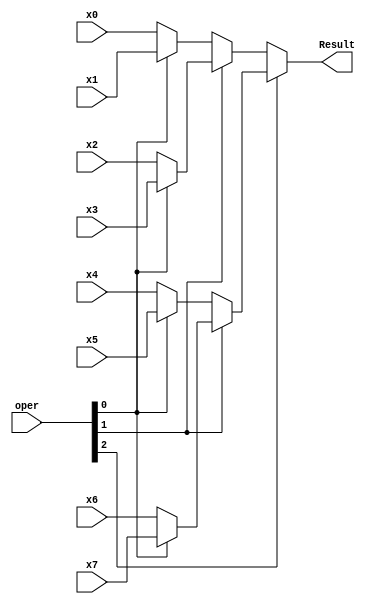
`timescale 1ns / 1ps
//////////////////////////////////////////////////////////////////////////////////
// Company: 
// Engineer: 
// 
// Design Name: 
// Module Name:    MUX8x1 
// Project Name: 
// Target Devices: 
// Tool versions: 
// Description: 
//
// Dependencies: 
//
// Revision: 
// Revision 0.01 - File Created
// Additional Comments: 
//
//////////////////////////////////////////////////////////////////////////////////
module MUX8x1(
output [31:0] Result,
input [2:0] oper,
input [31:0] x0,
input [31:0] x1,
input [31:0] x2,
input [31:0] x3,
input [31:0] x4,
input [31:0] x5,
input [31:0] x6,
input [31:0] x7
);

assign Result = oper[2]?(oper[1]?(oper[0]?x7:x6):(oper[0]?x5:x4)):(oper[1]?(oper[0]?x3:x2):(oper[0]?x1:x0));

endmodule
module MUX32x1(
output [31:0] Result,
input [4:0] oper,
input [31:0] x0,
input [31:0] x1,
input [31:0] x2,
input [31:0] x3,
input [31:0] x4,
input [31:0] x5,
input [31:0] x6,
input [31:0] x7,
input [31:0] x8,
input [31:0] x9,
input [31:0] x10,
input [31:0] x11,
input [31:0] x12,
input [31:0] x13,
input [31:0] x14,
input [31:0] x15,
input [31:0] x16,
input [31:0] x17,
input [31:0] x18,
input [31:0] x19,
input [31:0] x20,
input [31:0] x21,
input [31:0] x22,
input [31:0] x23,
input [31:0] x24,
input [31:0] x25,
input [31:0] x26,
input [31:0] x27,
input [31:0] x28,
input [31:0] x29,
input [31:0] x30,
input [31:0] x31
);
wire [31:0]Re1,Re2,Re3,Re4;
MUX8x1 mx81(Re1,oper[2:0],x0,x1,x2,x3,x4,x5,x6,x7);
MUX8x1 mx82(Re2,oper[2:0],x8,x9,x10,x11,x12,x13,x14,x15);
MUX8x1 mx83(Re3,oper[2:0],x16,x17,x18,x19,x20,x21,x22,x23);
MUX8x1 mx84(Re4,oper[2:0],x24,x25,x26,x27,x28,x29,x31,x31);
assign Result = oper[4]?(oper[3]?Re4:Re3):(oper[3]?Re2:Re1);

endmodule